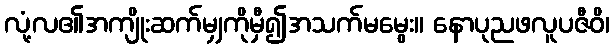
လုံ့လ၏အကျိုးဆက်မျှကိုမှီ၍အသက်မမွေး။ နောပုညဖလူပဇီဝိ၊